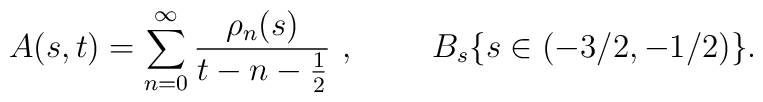
A(s,t)=\sum_{n=0}^\infty  \frac{\rho_n(s)}{t-n-\frac{1}{2}}\ ,\ \ \ \ \ \ \ B_s \{ s \in (-3/2,-1/2) \} .